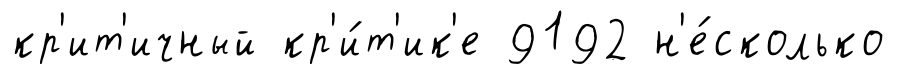
кр'ит'ичный кр'и́т'ик'е 9192 н'е́сколько